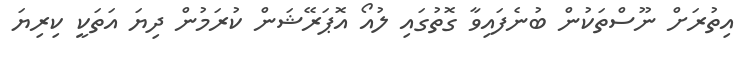
އިތުރަށް ނޫސްތަކުން ބުނެފައިވާ ގޮތުގައި ލުއޯ އޮޕަރޭޝަން ކުރަމުން ދިޔަ އަތަކީ ކިރިޔަ